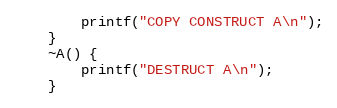
Language: C++
        printf("COPY CONSTRUCT A\n");
    }
    ~A() {
        printf("DESTRUCT A\n");
    }